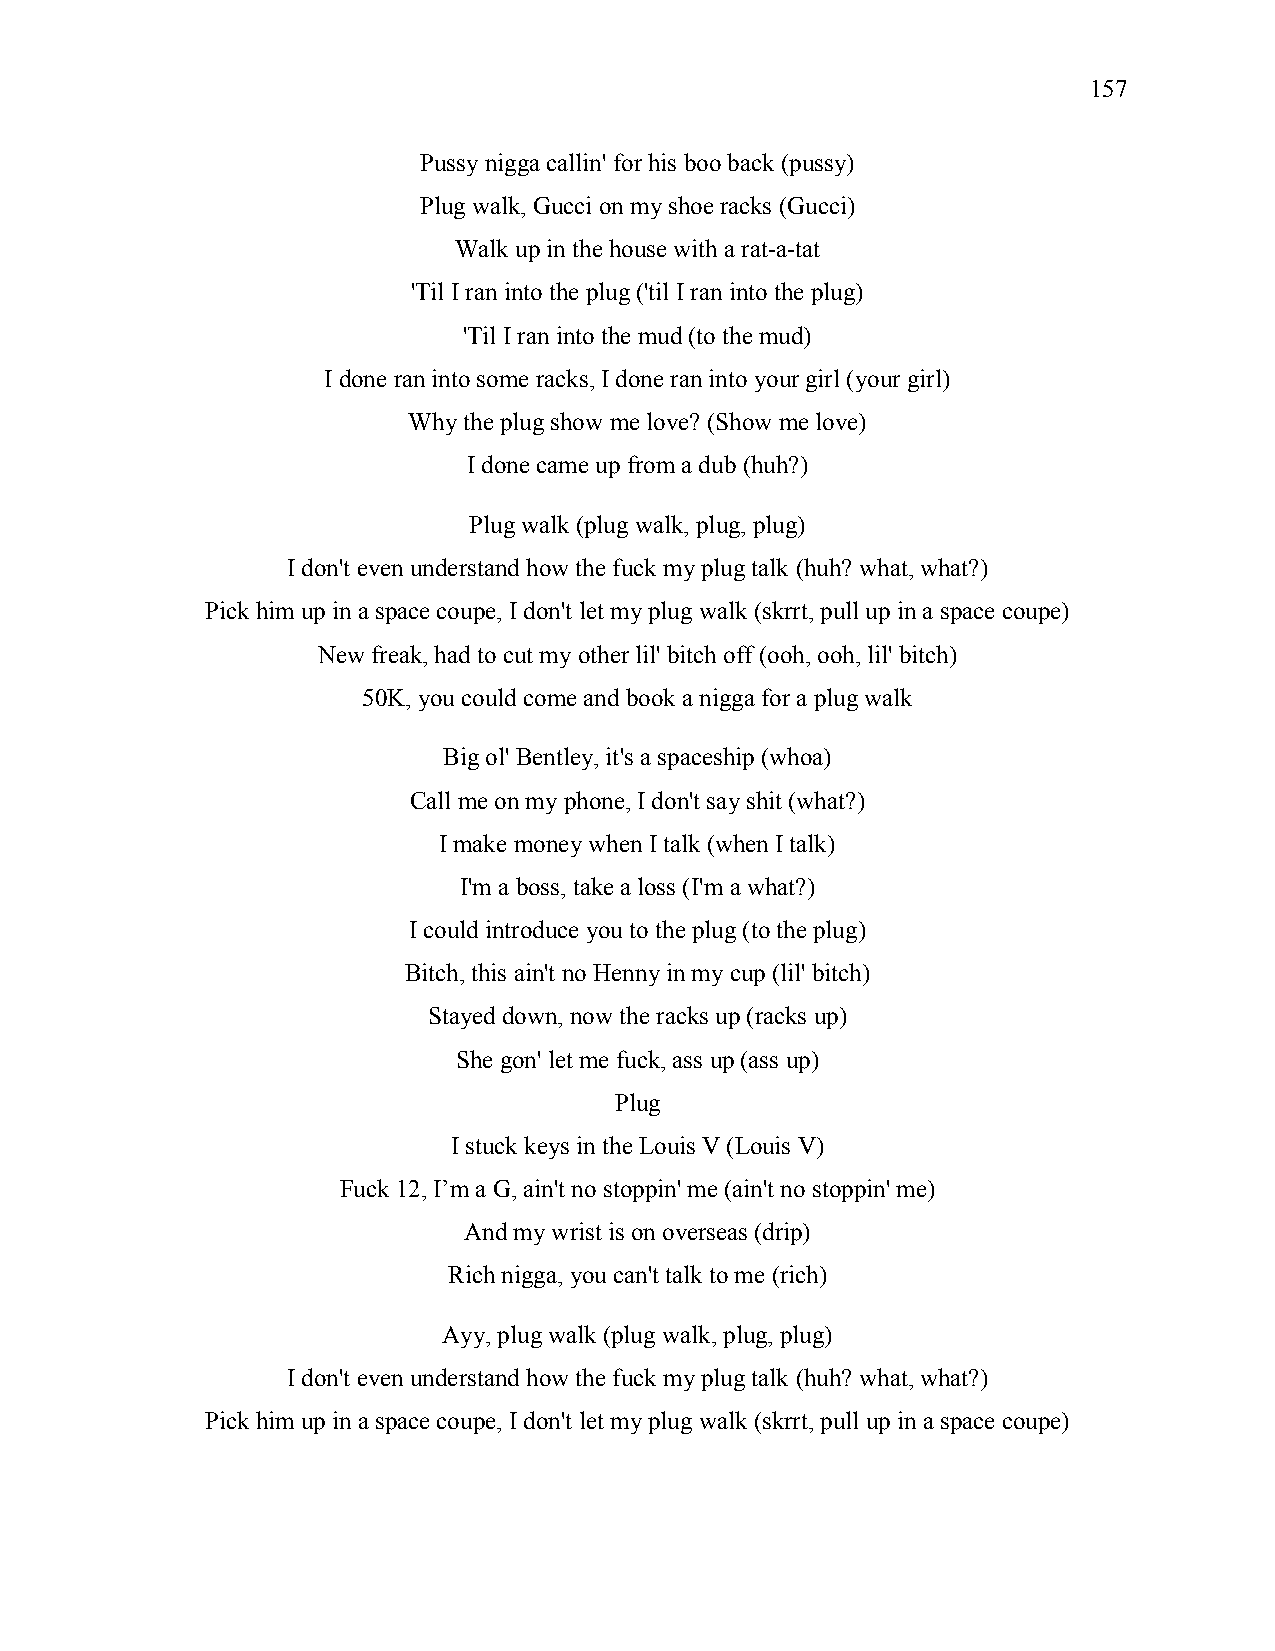
157
 Pussy nigga callin' for his boo back (pussy)
 Plug walk, Gucci on my shoe racks (Gucci)
 Walk up in the house with a rat-a-tat
 'Til I ran into the plug ('til I ran into the plug)
 'Til I ran into the mud (to the mud)
 I done ran into some racks, I done ran into your girl (your girl)
 Why the plug show me love? (Show me love)
 I done came up from a dub (huh?)
 Plug walk (plug walk, plug, plug)
 I don't even understand how the fuck my plug talk (huh? what, what?)
 Pick him up in a space coupe, I don't let my plug walk (skrrt, pull up in a space coupe)
 New freak, had to cut my other lil' bitch off (ooh, ooh, lil' bitch)
 50K, you could come and book a nigga for a plug walk
 Big ol' Bentley, it's a spaceship (whoa)
 Call me on my phone, I don't say shit (what?)
 I make money when I talk (when I talk)
 I'm a boss, take a loss (I'm a what?)
 I could introduce you to the plug (to the plug)
 Bitch, this ain't no Henny in my cup (lil' bitch)
 Stayed down, now the racks up (racks up)
 She gon' let me fuck, ass up (ass up)
 Plug
 I stuck keys in the Louis V (Louis V)
 Fuck 12, I’m a G, ain't no stoppin' me (ain't no stoppin' me)
 And my wrist is on overseas (drip)
 Rich nigga, you can't talk to me (rich)
 Ayy, plug walk (plug walk, plug, plug)
 I don't even understand how the fuck my plug talk (huh? what, what?)
 Pick him up in a space coupe, I don't let my plug walk (skrrt, pull up in a space coupe)